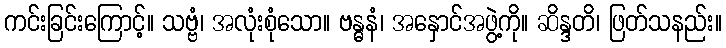
ကင်းခြင်းကြောင့်။ သဗ္ဗံ၊ အလုံးစုံသော။ ဗန္ဓနံ၊ အနှောင်အဖွဲ့ကို။ ဆိန္ဒတိ၊ ဖြတ်သနည်း။